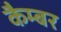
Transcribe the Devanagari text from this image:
कैम्बर